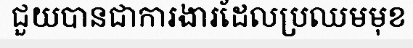
ជួយបានជាការងារដែលប្រឈមមុខ